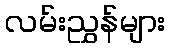
လမ်းညွှန်များ